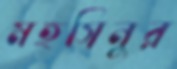
মহসিনুর